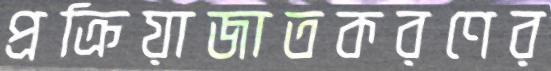
প্রক্রিয়াজাতকরণের